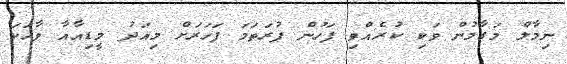
ނިމާލް މަގާމުން ވަކި ކުރެއްވި ފަހުން ފުރަތަމަ ފަހަރަށް މިއަދު މީޑިއާއާ ވާހަކަ